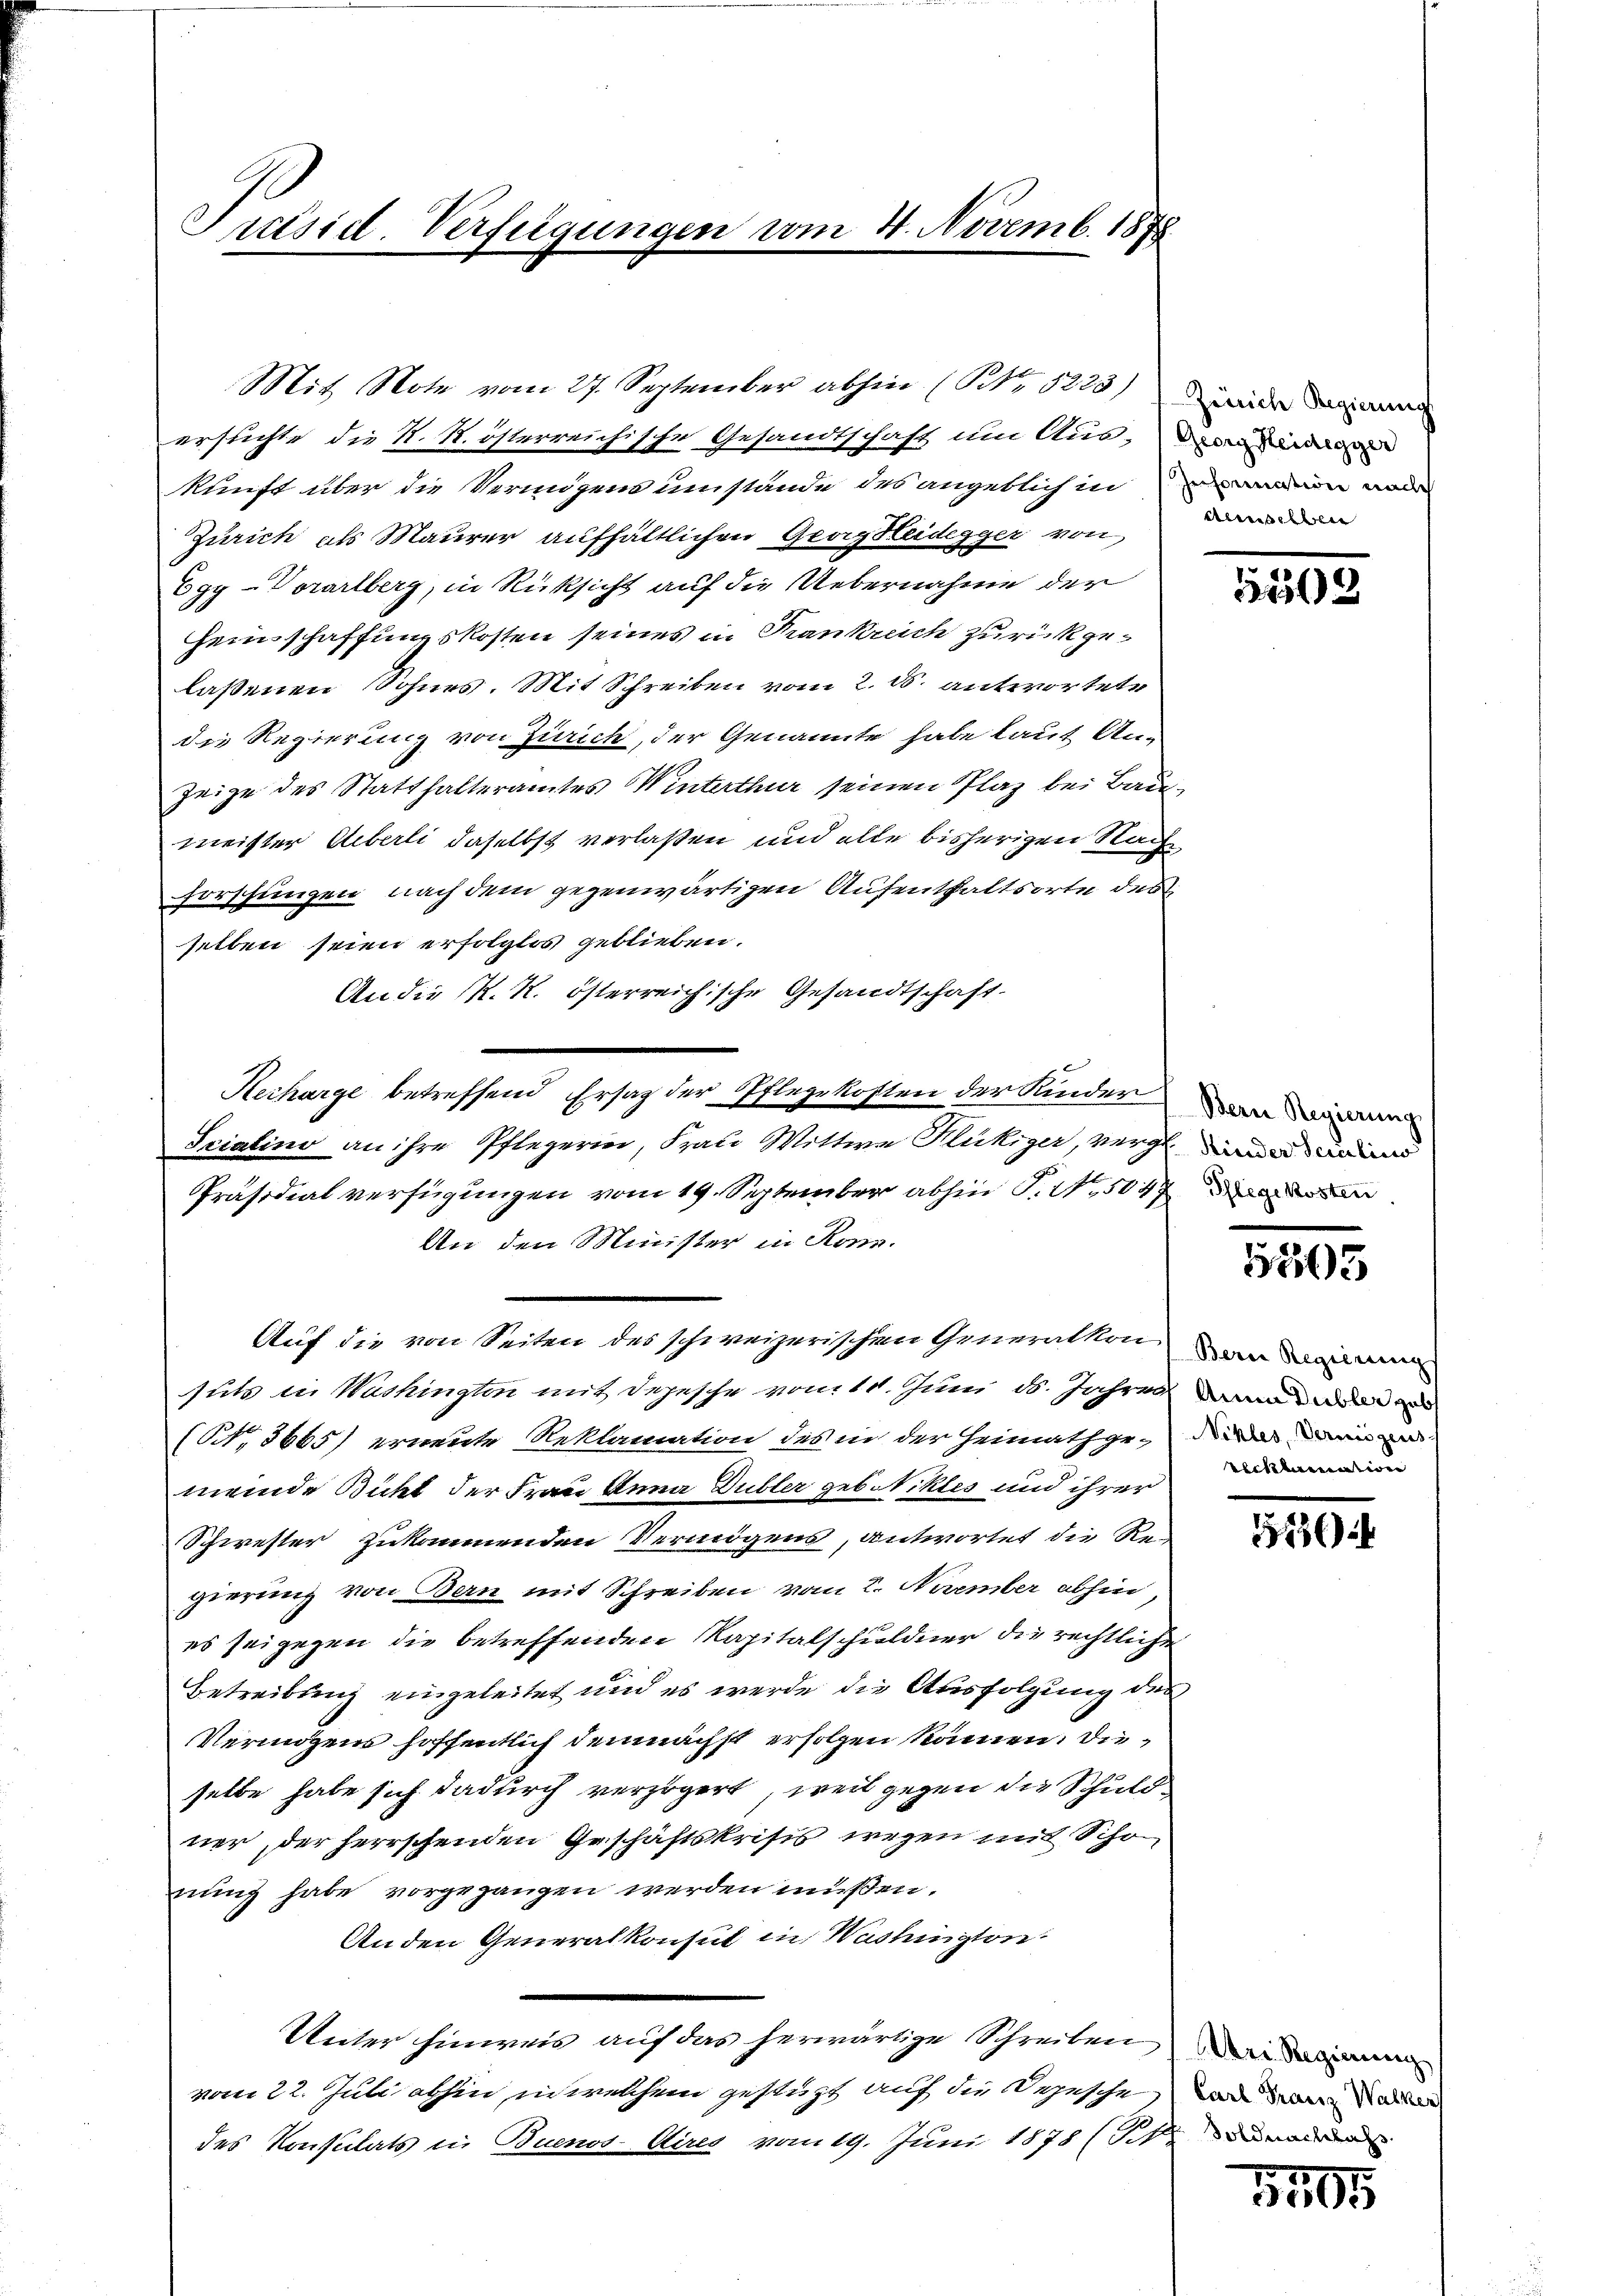
Präsid. Verfügungen vom 4. Novemb. 1878

erstichte die N. N. österreichische Gesandtschaft um Auskunft über die Vermögens umstände des angeblich in ain ande
Zürich als Maurer aufhältlichen Georg Seidegger von
Egy-Vorarlberg, in Rücksicht auf die Uebernahme der
Heinschaffungskosten seines in Krankreich zurückgelaßenen Sohnes. Mit Schreiben vom 2. d. antwortete
die Regierung von Zürich, der Genannte habe laut An-
Zeige des Statthalteramtes Winterthur seinen Plaz bei Baumeister Ueberli daselbst verlaßen und alle bisherigen Nach
Forschungen nach dem gegenwärtigen Aufenthaltsorte des
selben seien erfolglos geblieben.
An die K. K. österreichische Gesandtschaft.
e
Kecharge betreffend Ersatz der Pflegekosten der Kinder
Scialino an ihre Pflegerin, Frau Wittwe Flukiger, vergen an
Präsidialverfügungen vom 19. September abhin P. W.,5047
An den Minister in Konn.
Auf die von Seiten des schweizerischen Generalkon an d
sutz in Washingten mit dejesche vom 10. Juni d. Jahres an
(Nr. 3665) erneute Reklamation des in der Heimathgemein
meinde Bicht der Frau Anna Dubler gebotiktes und ihrer
Schwester zukommenden Vermögens, antwortet die Re-
gierung von Bern mit Schreiben vom 2. Neember abhin,
es sei gegen die betreffenden Kapitalschuldner die rechtliche
Betreibung eingeleitet und es werde die Ausfolgung des
Vermögens hoffentlich demnächst erfolgen können. Die
selbe habe sich dadurch verzögert, weil gegen die Schuldner, der herrschenden Geschäftskrisis wegen mit Scho
nung habe vorgegangen werden müßen.
Anden Generalkonsul in Washingten
Unter hinweis auf das herwärtige Schreiben ande
vom 22. Juli abhin, in welchem gestützt auf die Depesche, wo er a
des Konsulats in Buenos Aires vom 19. Juni 1878 (S.

Mit Note vom 27. September abhin (No 5223) Die

denselben

5552

Bern Regierung

5505

recklamation

5136

3505